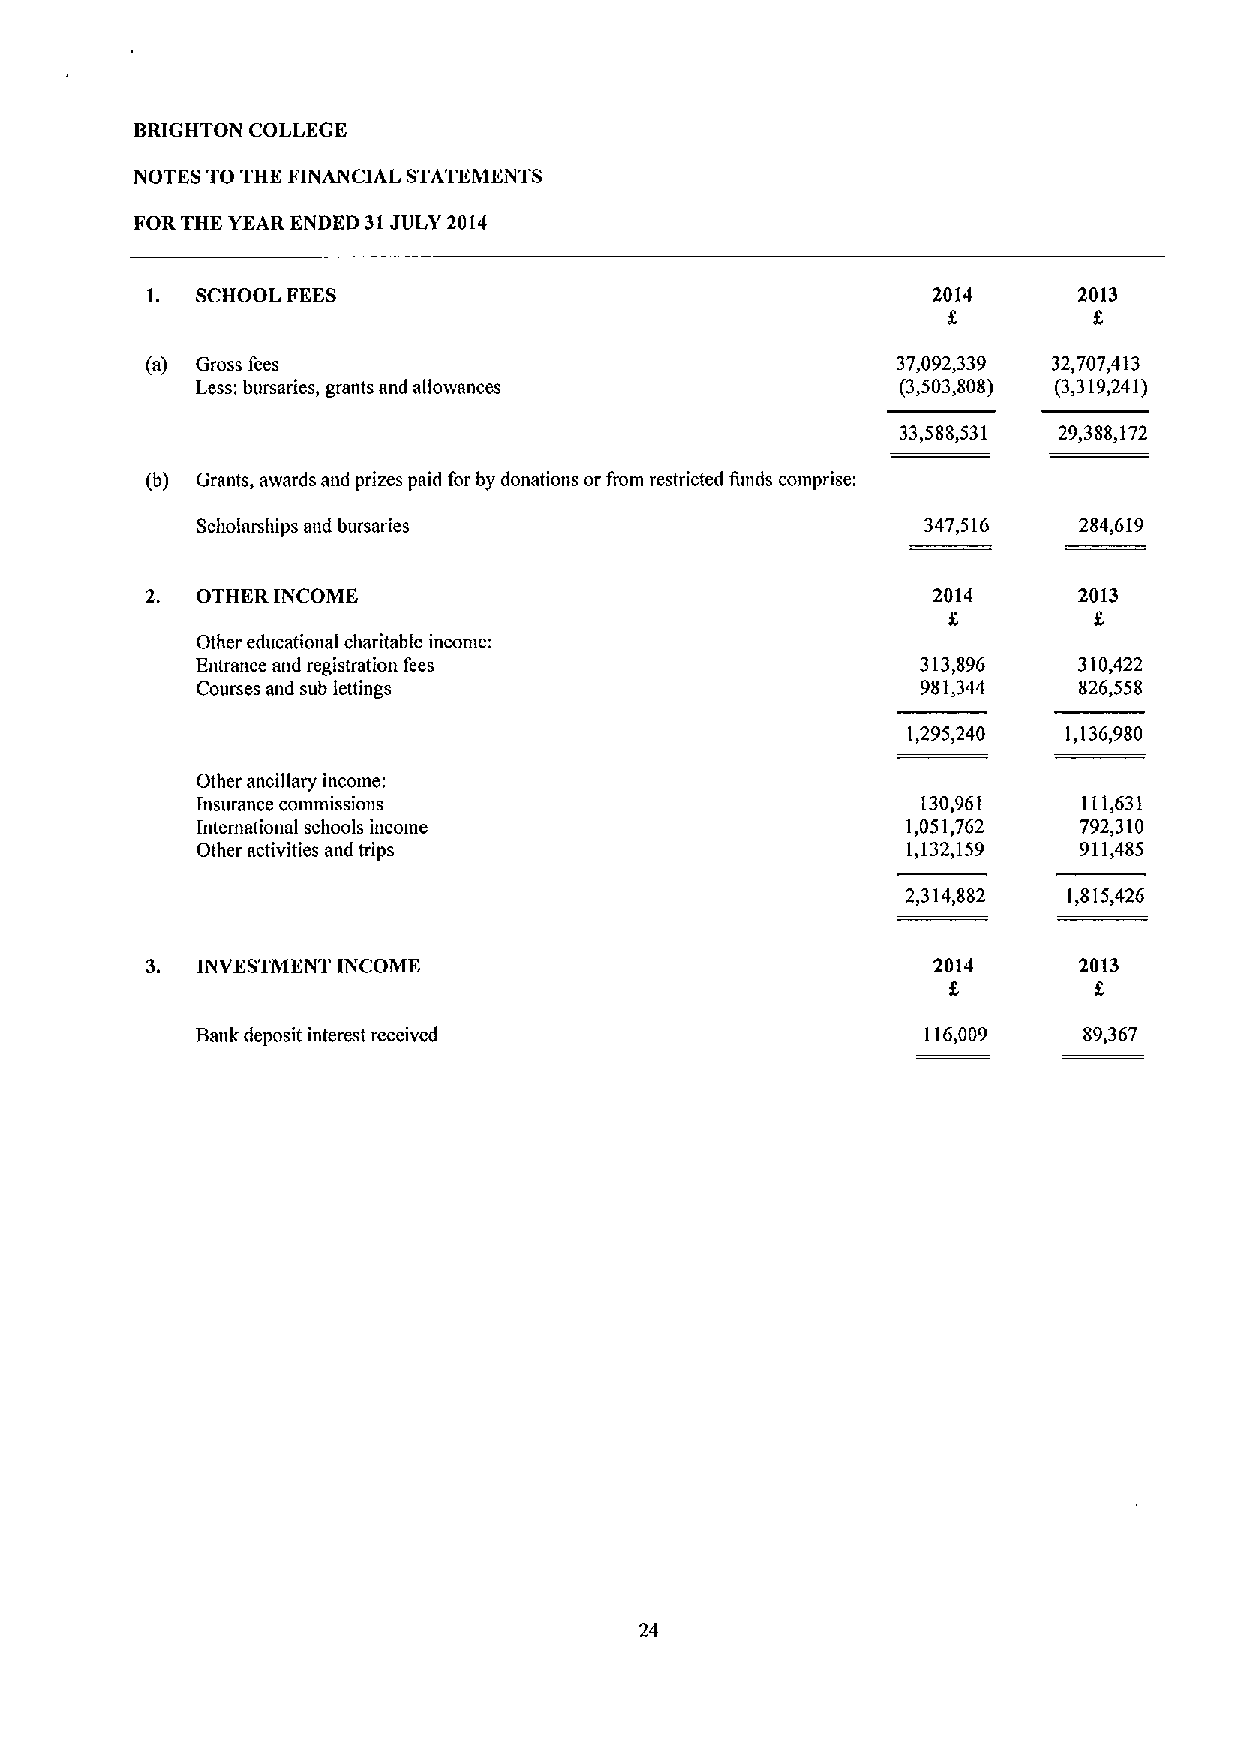
BRIGHTON COLLEGE
 NOTES TO THE FINANCIAL STATEMENTS
 FORTHE YEAR ENDED 31JULY 2014
 1. SCHOOL FEES                                      2014     2013
 (a) Gross fees                                   37,092,339 32,707,413
 Less: bursaries, grants and allolvances        (3,503,808) (3,319,241)
 33,588,531 29,388,172
 (b) Grants, awards and prizes paid for by donations or from restricted funds comprise:
 Scholarships and bursaries                      347,516   284,619
 2. OTHER INCOME                                     2014     2013
 Other educational clmritable income:
 Entrance and registration fees                  313,896   310,422
 Courses and sub lettings                        981,344   826,558
 1,295,240  1,136,980
 Other ancillary income;
 Insul'ance connnlsslons                         130,961    111,631
 International schools income                   1,051,762  792,310
 Other activities and trips                     1,132,159  911,485
 2,314,882  1,815,426
 3. INVESTMENT INCOME                                2014     2013
 Bank deposit interest received                  116,009    89,367
 24